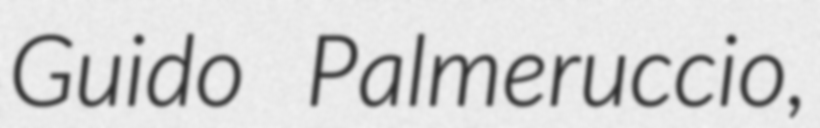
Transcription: Guido Palmeruccio,